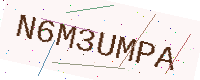
Text: N6M3UMPA